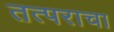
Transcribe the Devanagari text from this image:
तत्पराचा